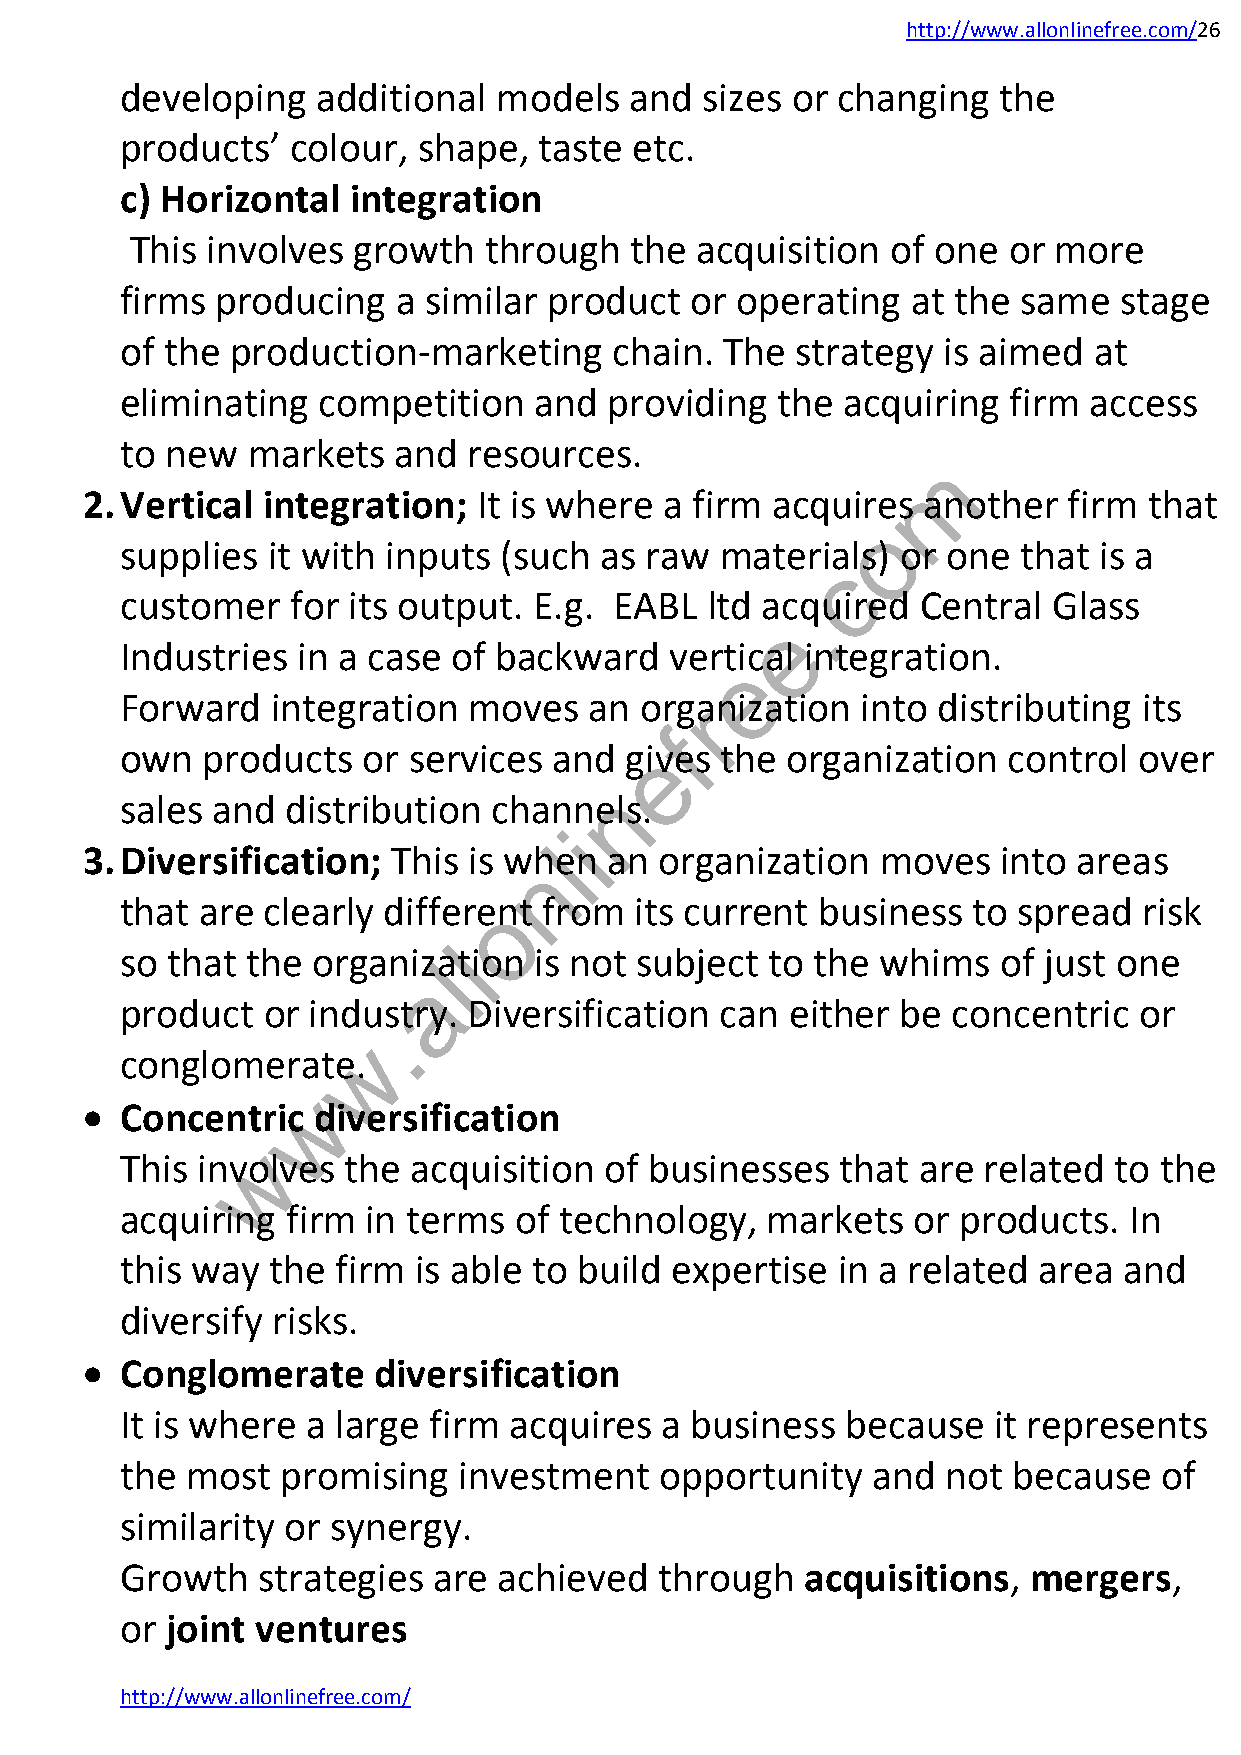
http://www.allonlinefree.com/26
 developing   additional  models   and  sizes or changing  the
 products’  colour,  shape,  taste etc.
 c) Horizontal  integration
 This involves growth   through   the acquisition  of one  or more
 firms producing   a similar product   or operating  at the same   stage
 of the production-marketing      chain. The  strategy is aimed  at
 eliminating  competition   and  providing  the  acquiring  firm access
 to new  markets   and  resources.
 m
 2. Vertical integration;   It is where a firm acquires  another   firm that
 o
 supplies  it with inputs (such  as raw  materials)  or one that  is a
 c
 customer   for its output. E.g.  EABL  ltd ac.quired Central  Glass
 e
 Industries  in a case of backward   vertical integration.
 e
 Forward   integration  moves   an orgranization  into distributing  its
 f
 own  products   or services  and geives the organization   control over
 n
 sales and  distribution  channels.
 i
 3. Diversification;  This is
 whl
 en an  organization  moves   into areas
 n
 that are clearly differeont from  its current business  to spread   risk
 l
 so that the  organizlation is not subject  to the whims   of just one
 a
 product  or industry.  Diversification  can either  be concentric  or
 .
 w
 conglomerate.
 w
   Concentric   diversification
 w
 This involves  the acquisition  of businesses   that are related  to the
 acquiring  firm in terms  of technology,   markets  or  products.  In
 this way  the firm is able to build expertise  in a related  area and
 diversify risks.
   Conglomerate     diversification
 It is where a large firm  acquires  a business  because   it represents
 the most   promising  investment    opportunity   and  not because   of
 similarity or synergy.
 Growth   strategies  are achieved   through  acquisitions,  mergers,
 or joint ventures
 http://www.allonlinefree.com/